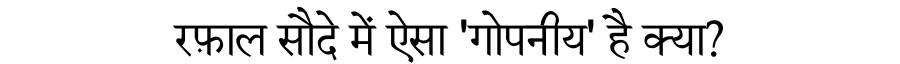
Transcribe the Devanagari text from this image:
रफ़ाल सौदे में ऐसा 'गोपनीय' है क्या?